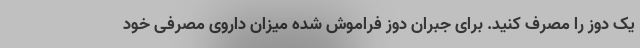
یک دوز را مصرف کنید. برای جبران دوز فراموش شده میزان داروی مصرفی خود